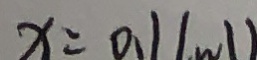
x = 0 . 1 1 w 1 )